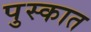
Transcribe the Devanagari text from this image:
पुस्कात